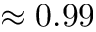
\approx 0 . 9 9